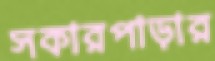
সকারপাড়ার